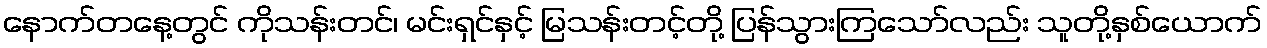
နောက်တနေ့တွင် ကိုသန်းတင်၊ မင်းရှင်နှင့် မြသန်းတင့်တို့ ပြန်သွားကြသော်လည်း သူတို့နှစ်ယောက်